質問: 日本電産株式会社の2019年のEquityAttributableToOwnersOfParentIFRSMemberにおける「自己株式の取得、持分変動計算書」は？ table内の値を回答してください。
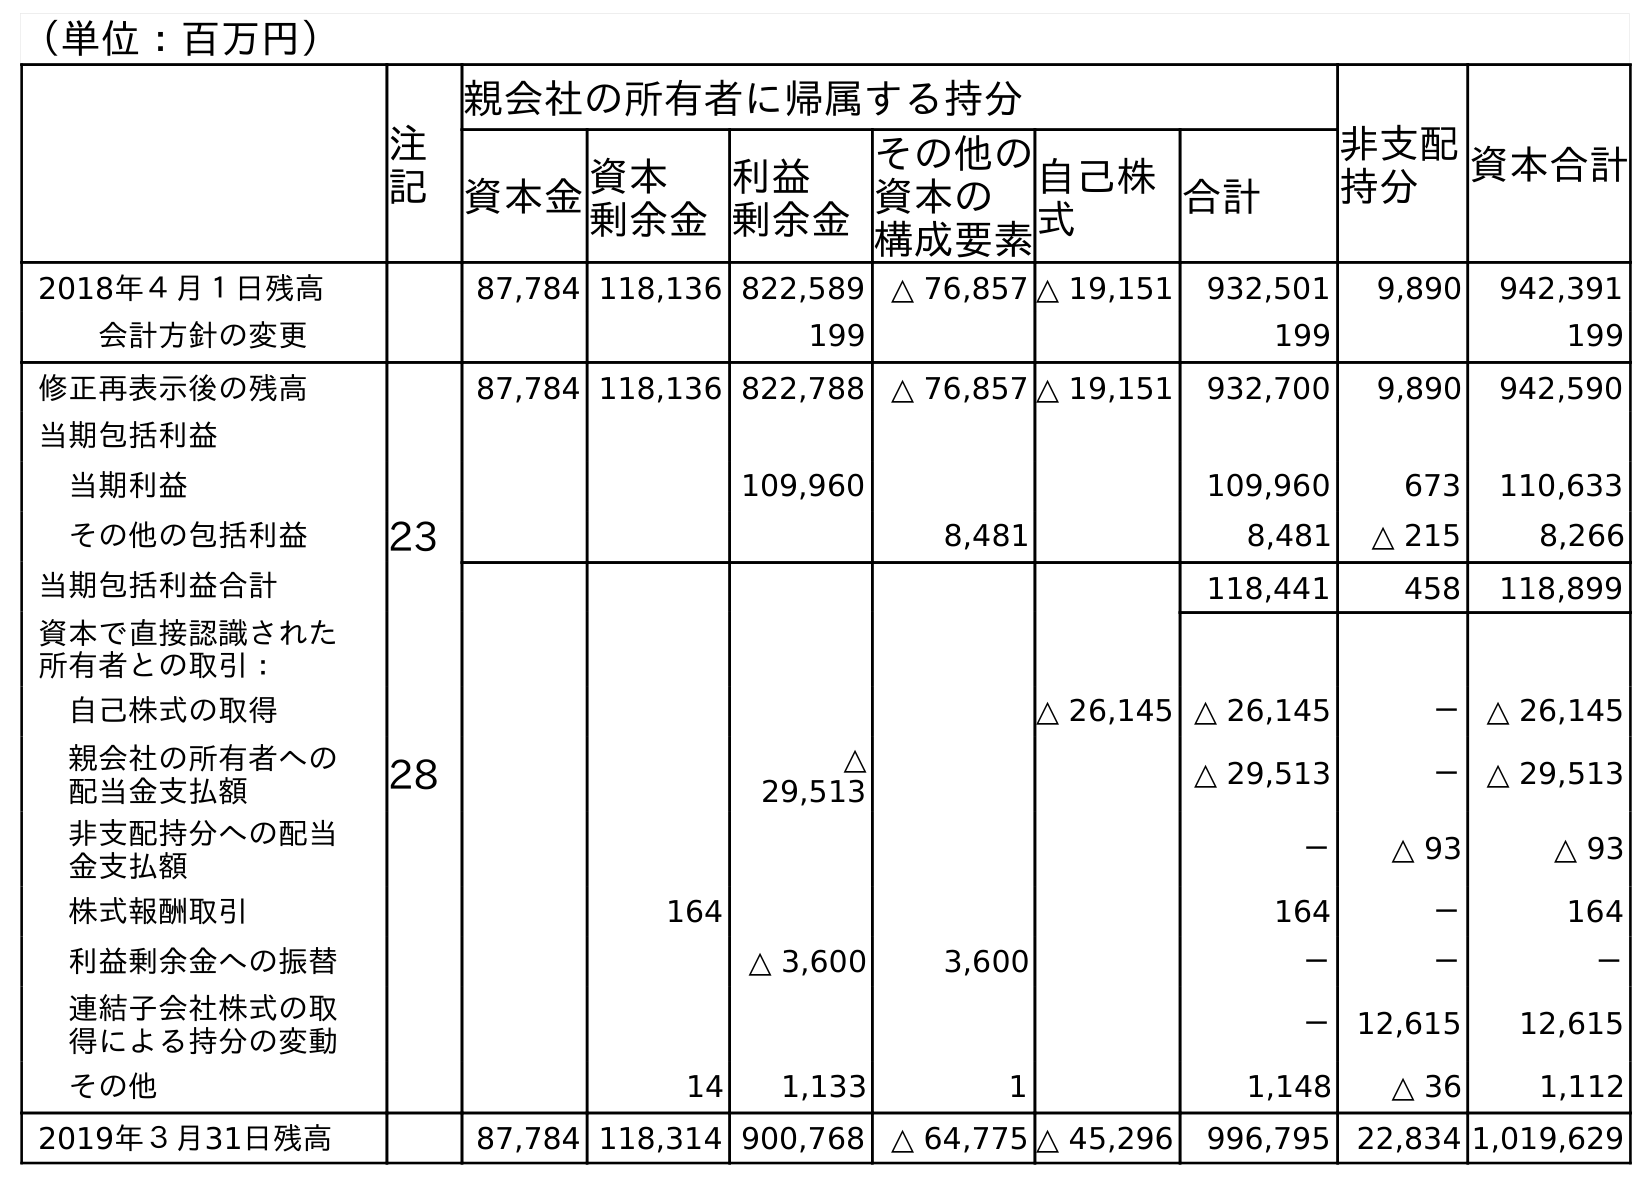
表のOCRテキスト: （単位：百万円） 注 記 親会社の所有者に帰属する持分 非支配 持分 資本合計 資本金資本 剰余金 利益 剰余金 その他の 資本の 構成要素 自己株 式 合計 2018年４月１日残高 87,784 118,136 822,589 △ 76,857 △ 19,151 932,501 9,890 942,391 会計方針の変更 199 199 199 修正再表示後の残高 87,784 118,136 822,788 △ 76,857 △ 19,151 932,700 9,890 942,590 当期包括利益 当期利益 109,960 109,960 673 110,633 その他の包括利益 23 8,481 8,481 △ 215 8,266 当期包括利益合計 118,441 458 118,899 資本で直接認識された 所有者との取引： 自己株式の取得 △ 26,145 △ 26,145 － △ 26,145 親会社の所有者への 配当金支払額 28 △ 29,513 △ 29,513 － △ 29,513 非支配持分への配当 金支払額 － △ 93 △ 93 株式報酬取引 164 164 － 164 利益剰余金への振替 △ 3,600 3,600 － － － 連結子会社株式の取 得による持分の変動 － 12,615 12,615 その他 14 1,133 1 1,148 △ 36 1,112 2019年３月31日残高 87,784 118,314 900,768 △ 64,775 △ 45,296 996,795 22,834 1,019,629
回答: △26,145